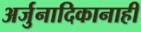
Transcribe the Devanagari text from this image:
अर्जुनादिकानाही